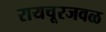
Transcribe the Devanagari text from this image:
रायचूरजवळ